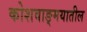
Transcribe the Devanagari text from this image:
कोशवाङ्मयातील